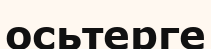
осьтерге